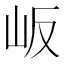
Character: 岅